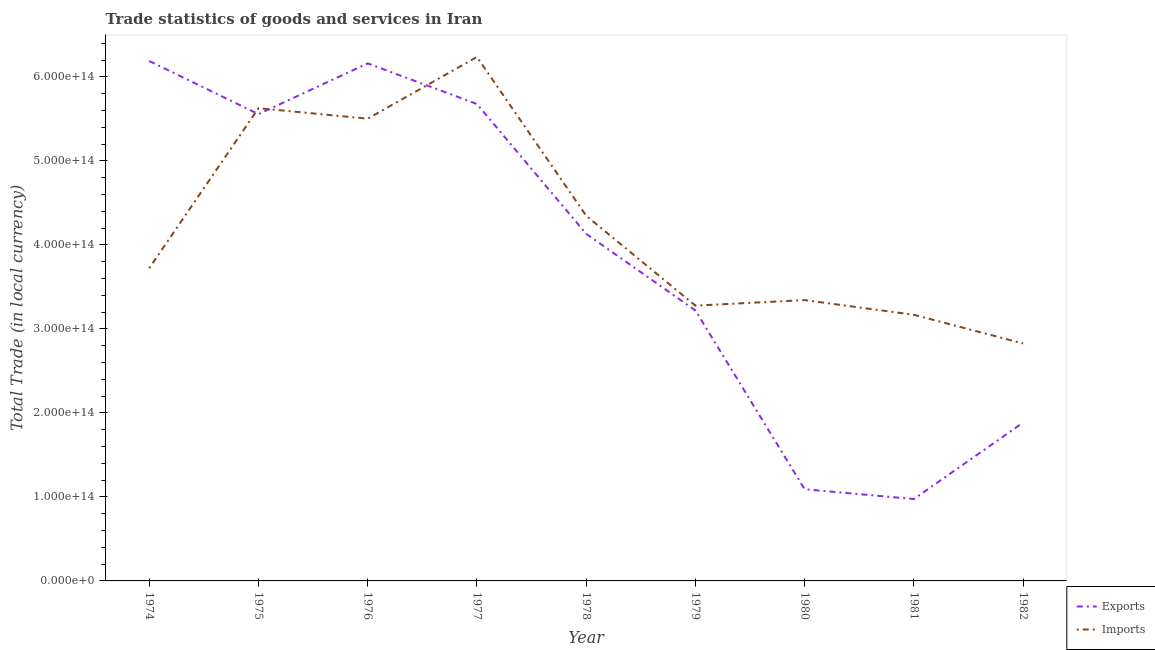
| Year | Exports | Imports |
 | --- | --- | --- |
 | 1974 | 6.19e+14 | 3.72e+14 |
 | 1975 | 5.56e+14 | 5.63e+14 |
 | 1976 | 6.16e+14 | 5.5e+14 |
 | 1977 | 5.68e+14 | 6.24e+14 |
 | 1978 | 4.13e+14 | 4.35e+14 |
 | 1979 | 3.22e+14 | 3.28e+14 |
 | 1980 | 1.09e+14 | 3.34e+14 |
 | 1981 | 9.75e+13 | 3.17e+14 |
 | 1982 | 1.88e+14 | 2.83e+14 |